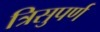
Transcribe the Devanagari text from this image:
त्रिसुपर्ण